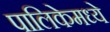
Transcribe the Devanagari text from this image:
पालिकेमध्ये